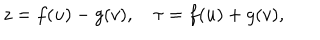
z = f ( u ) - g ( v ) , \quad \tau = f ( u ) + g ( v ) ,